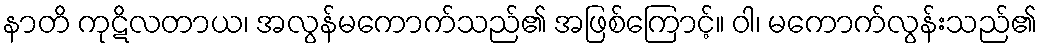
နာတိ ကုဋိလတာယ၊ အလွန်မကောက်သည်၏ အဖြစ်ကြောင့်။ ဝါ၊ မကောက်လွန်းသည်၏